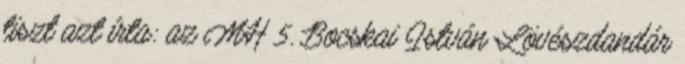
tiszt azt írta: az MH 5. Bocskai István Lövészdandár